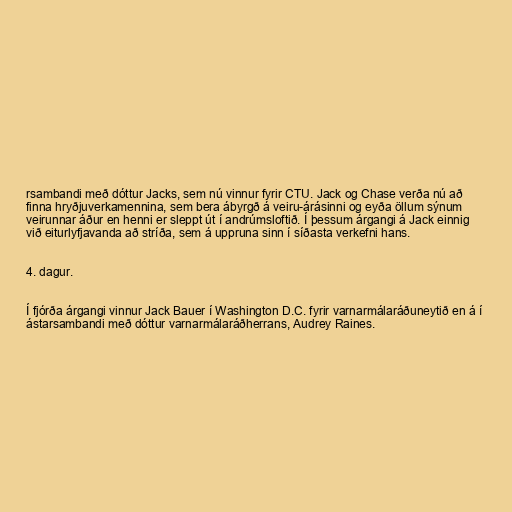
rsambandi með dóttur Jacks, sem nú vinnur fyrir CTU. Jack og Chase verða nú að
finna hryðjuverkamennina, sem bera ábyrgð á veiru-árásinni og eyða öllum sýnum
veirunnar áður en henni er sleppt út í andrúmsloftið. Í þessum árgangi á Jack einnig
við eiturlyfjavanda að stríða, sem á uppruna sinn í síðasta verkefni hans.

4. dagur.

Í fjórða árgangi vinnur Jack Bauer í Washington D.C. fyrir varnarmálaráðuneytið en á í
ástarsambandi með dóttur varnarmálaráðherrans, Audrey Raines.